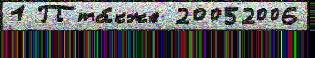
1 П та́кже 20052006